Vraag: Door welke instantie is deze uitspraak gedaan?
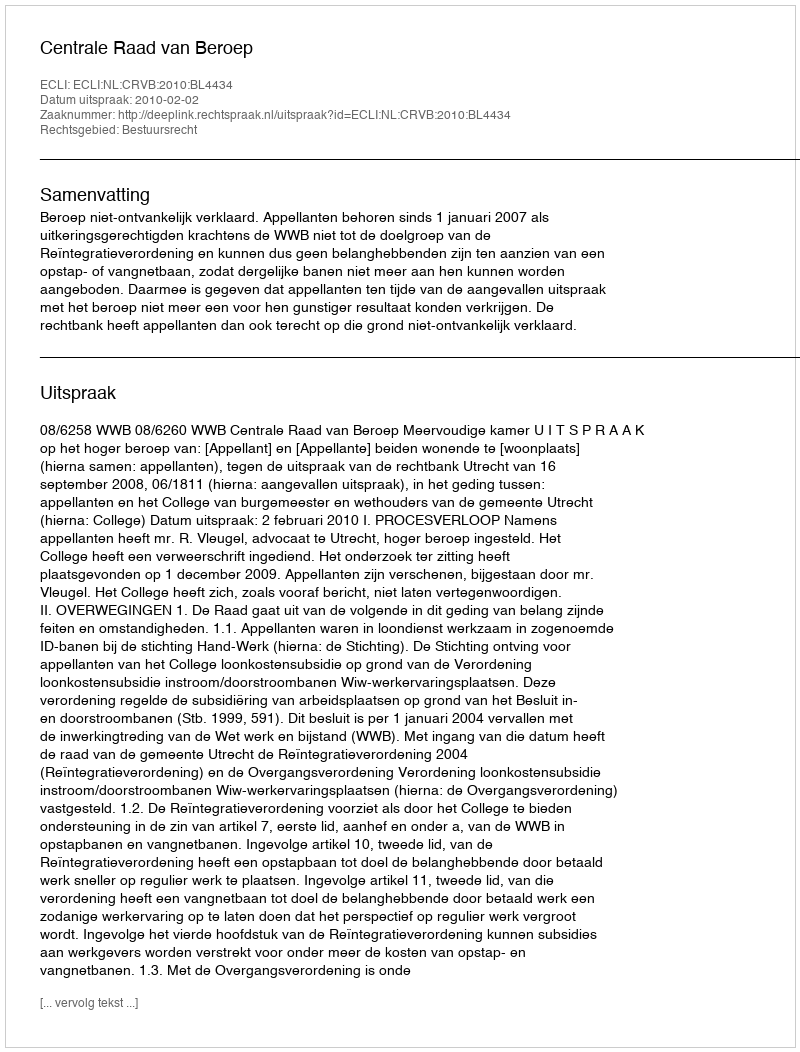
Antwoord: Centrale Raad van Beroep